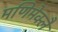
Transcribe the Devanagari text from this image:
मणिमेक्लै